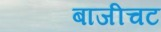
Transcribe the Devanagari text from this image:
बाजीचट